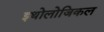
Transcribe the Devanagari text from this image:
इथोलोजिकल